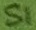
Text: S1